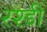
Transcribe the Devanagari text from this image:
रश्डी